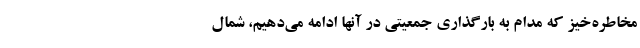
مخاطره‌خیز که مدام به بارگذاری جمعیتی در آنها ادامه می‌دهیم، شمال